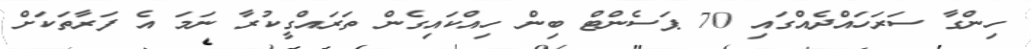
ހިންގާ ސަރަހައްދެއްގައި 70 ޕަސެންޓް ބިން ހިއްކައިގެން ތަރައްގީކުރާ ނަމަ އެ ފަރާތަކަށް